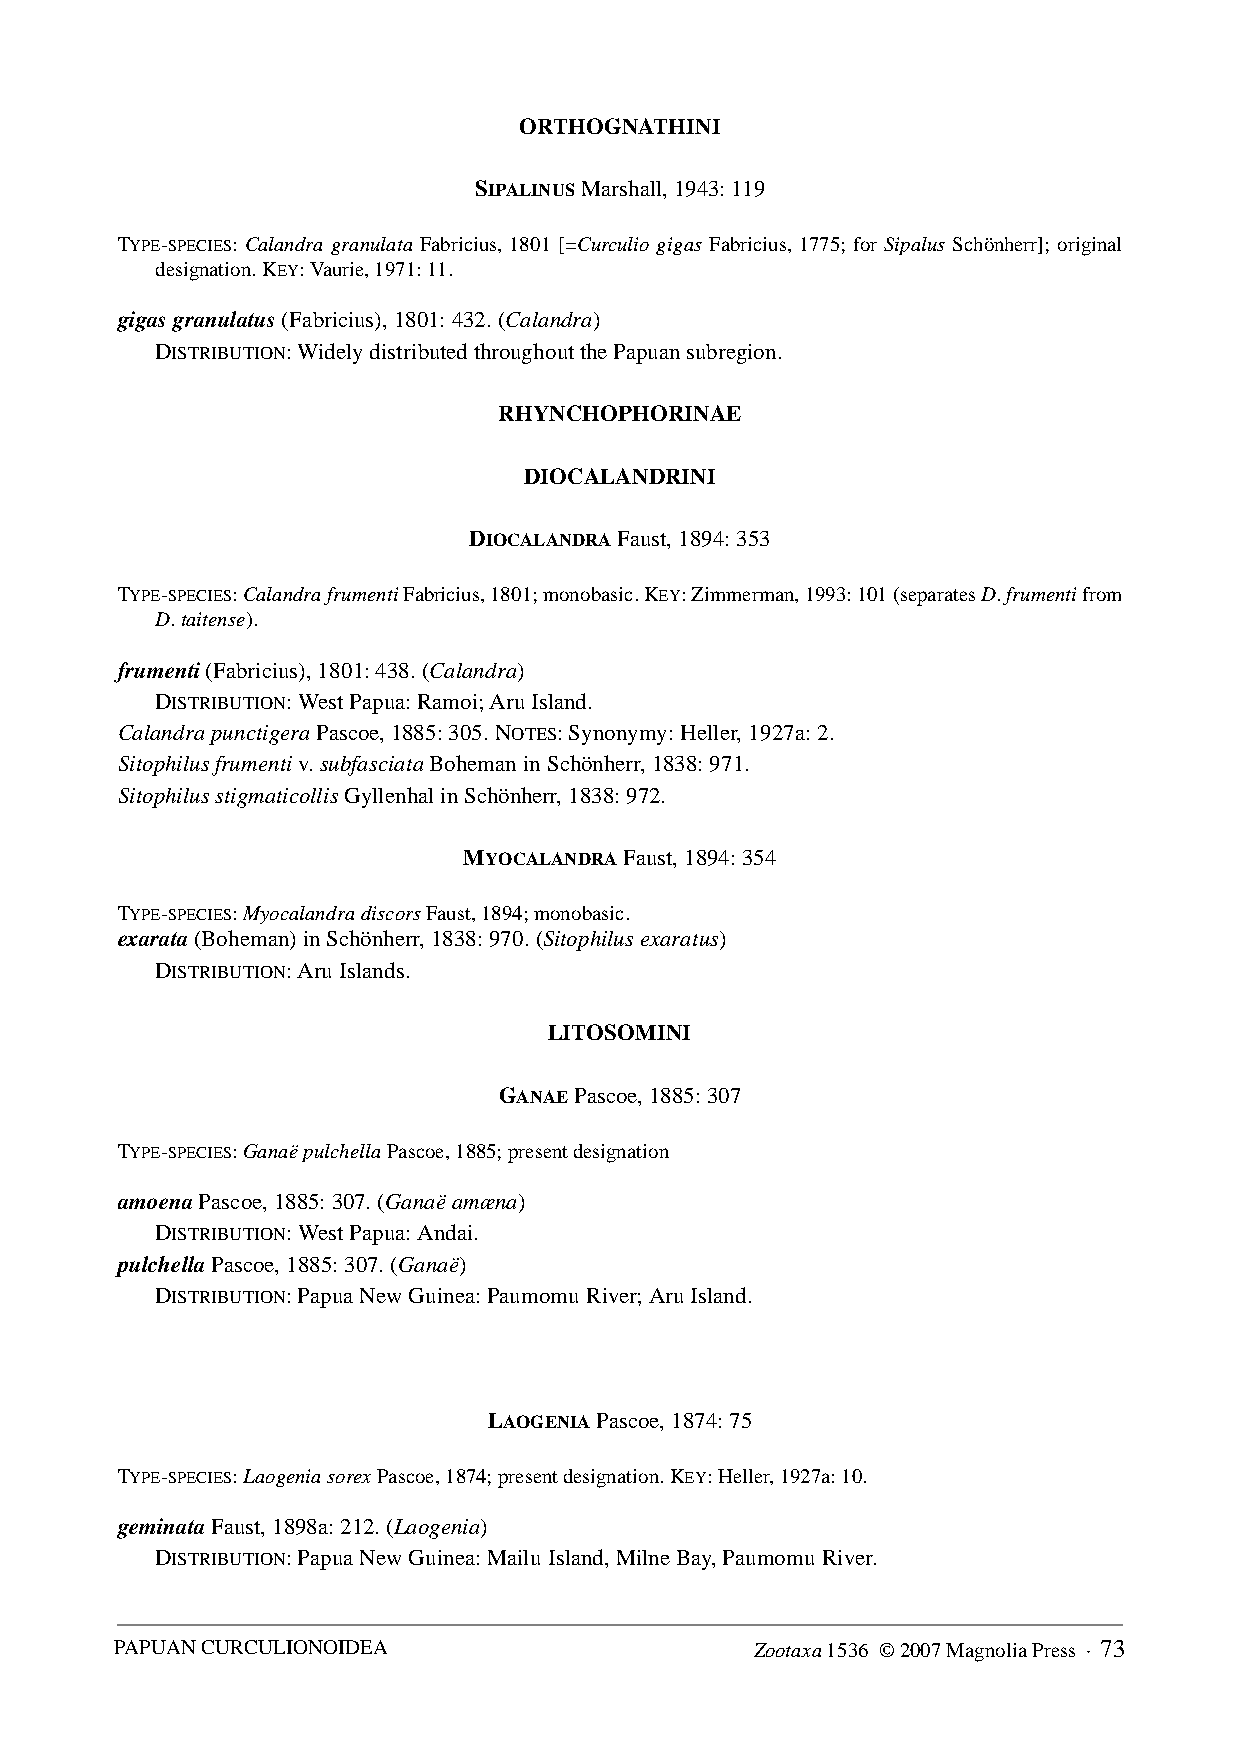
ORTHOGNATHINI
 SIPALINUS Marshall, 1943: 119
 TYPE-SPECIES: Calandra granulata Fabricius, 1801 [=Curculio gigas Fabricius, 1775; for Sipalus Schönherr]; original
 designation. KEY: Vaurie, 1971: 11.
 gigas granulatus (Fabricius), 1801: 432. (Calandra)
 DISTRIBUTION: Widely distributed throughout the Papuan subregion.
 RHYNCHOPHORINAE
 DIOCALANDRINI
 DIOCALANDRA Faust, 1894: 353
 TYPE-SPECIES: Calandra frumenti Fabricius, 1801; monobasic. KEY: Zimmerman, 1993: 101 (separates D. frumenti from
 D. taitense).
 frumenti (Fabricius), 1801: 438. (Calandra)
 DISTRIBUTION: West Papua: Ramoi; Aru Island.
 Calandra punctigera Pascoe, 1885: 305. NOTES: Synonymy: Heller, 1927a: 2.
 Sitophilus frumenti v. subfasciata Boheman in Schönherr, 1838: 971.
 Sitophilus stigmaticollis Gyllenhal in Schönherr, 1838: 972.
 MYOCALANDRA Faust, 1894: 354
 TYPE-SPECIES: Myocalandra discors Faust, 1894; monobasic.
 exarata (Boheman) in Schönherr, 1838: 970. (Sitophilus exaratus)
 DISTRIBUTION: Aru Islands.
 LITOSOMINI
 GANAE Pascoe, 1885: 307
 TYPE-SPECIES: Ganaë pulchella Pascoe, 1885; present designation
 amoena Pascoe, 1885: 307. (Ganaë amæna)
 DISTRIBUTION: West Papua: Andai.
 pulchella Pascoe, 1885: 307. (Ganaë)
 DISTRIBUTION: Papua New Guinea: Paumomu River; Aru Island.
 LAOGENIA Pascoe, 1874: 75
 TYPE-SPECIES: Laogenia sorex Pascoe, 1874; present designation. KEY: Heller, 1927a: 10.
 geminata Faust, 1898a: 212. (Laogenia)
 DISTRIBUTION: Papua New Guinea: Mailu Island, Milne Bay, Paumomu River.
 PAPUAN CURCULIONOIDEA                     Zootaxa 1536 © 2007 Magnolia Press · 73